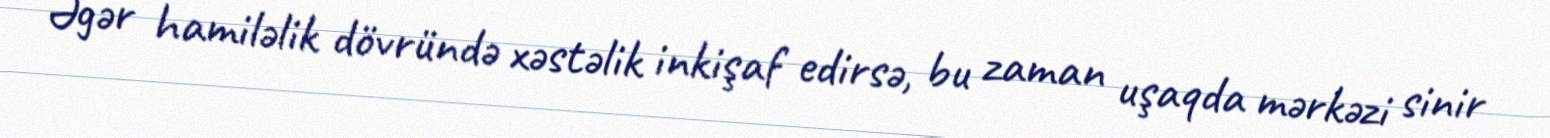
Əgər hamiləlik dövründə xəstəlik inkişaf edirsə, bu zaman uşaqda mərkəzi sinir